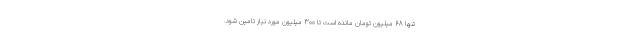
تنها 68 میلیون تومان مانده است تا 300 میلیون مورد نیاز تامین شود.